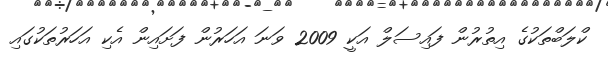
ކްލަބްތަކުގެ އިތުރުން ފައިސަލް އަކީ 2009 ވަނަ އަހަރުން ފަށައިން އެކި އަހަރުތަކުގައި